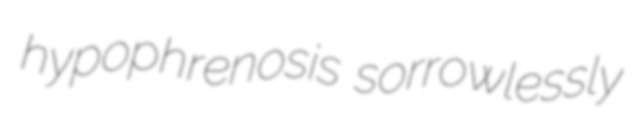
hypophrenosis sorrowlessly